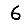
Digit: 6